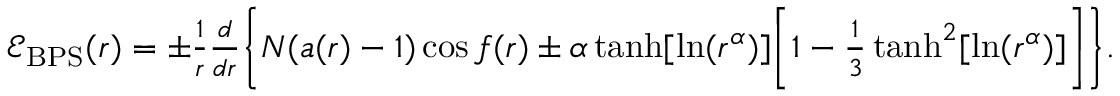
\begin{array} { r } { \mathcal { E } _ { \mathrm { B P S } } ( r ) = \pm \frac { 1 } { r } \frac { d } { d r } \bigg \{ N ( a ( r ) - 1 ) \cos f ( r ) \pm \alpha \operatorname { t a n h } [ \mathrm { l n } ( r ^ { \alpha } ) ] \bigg [ 1 - \frac { 1 } { 3 } \operatorname { t a n h } ^ { 2 } [ \mathrm { l n } ( r ^ { \alpha } ) ] \bigg ] \bigg \} . } \end{array}